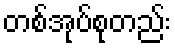
တစ်အုပ်စုတည်း